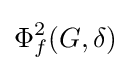
\Phi _{f}^{2}(G,\delta )